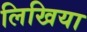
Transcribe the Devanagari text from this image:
लिखिया